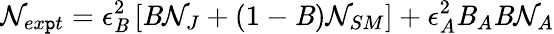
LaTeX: \mathcal{N}_{ex\mathtt{p}t}=\epsilon_{\mathit{B}}^{2}\left[\mathit{B}\mathcal{N}_{J}+(1-\mathit{B})\mathcal{N}_{SM}\right]+\epsilon_{A}^{2}\mathit{B}_{A}\mathit{B}\mathcal{N}_{A}